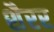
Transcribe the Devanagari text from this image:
शैरर